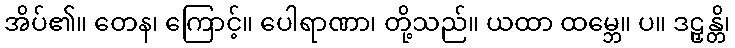
အိပ်၏။ တေန၊ ကြောင့်။ ပေါရာဏာ၊ တို့သည်။ ယထာ ထမ္ဘေ။ ပ။ ဒဠှန္တိ၊